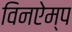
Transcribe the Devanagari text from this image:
विनऐम्प